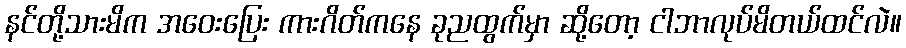
နင်တို့သားမိက အဝေးပြေး ကားဂိတ်ကနေ ခုညထွက်မှာ ဆို့တော့ ငါဘာလုပ်မိတယ်ထင်လဲ။